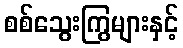
စစ်သွေးကြွများနှင့်